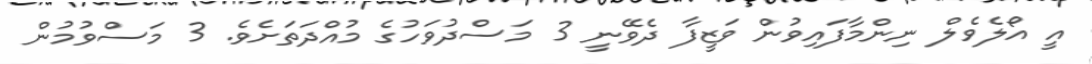
އީ އޯލެވެލް ނިންމާފައިވުން ވަޒީފާ ދެވޭނީ 3 މަސްދުވަހުގެ މުއްދަތަށެވެ. 3 މަސްވުމުން